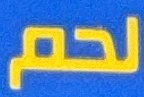
لحم